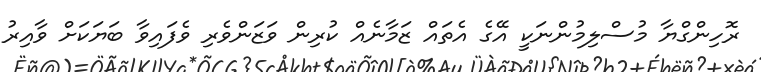
ރޮހިންގްޔާ މުސްލިމުންނަކީ އޭގެ އެތައް ޒަމާނެއް ކުރިން ވަޒަންވެރި ވެފައިވާ ބަޔަކަށް ވާއިރު